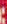
: